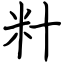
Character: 籵